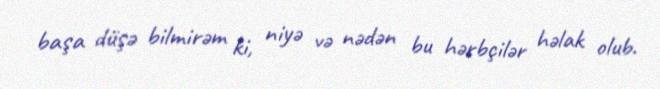
başa düşə bilmirəm ki, niyə və nədən bu hərbçilər həlak olub.